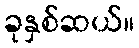
ခုနှစ်ဆယ်။